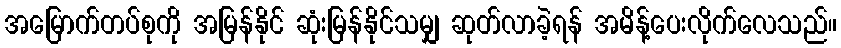
အမြောက်တပ်စုကို အမြန်နိုင် ဆုံးမြန်နိုင်သမျှ ဆုတ်လာခဲ့ရန် အမိန့်ပေးလိုက်လေသည်။